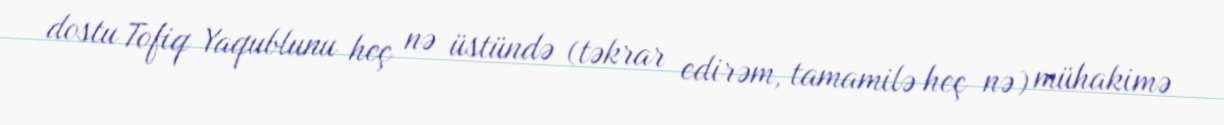
dostu Tofiq Yaqublunu heç nə üstündə (təkrar edirəm, tamamilə heç nə) mühakimə